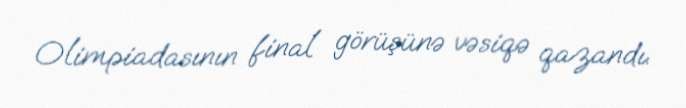
Olimpiadasının final görüşünə vəsiqə qazandı.